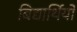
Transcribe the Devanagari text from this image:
बिद्यार्थियों